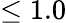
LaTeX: \leq 1.0